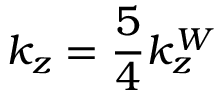
k _ { z } = \frac { 5 } { 4 } k _ { z } ^ { W }